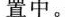
置中。